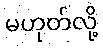
မဟုတ်လို့